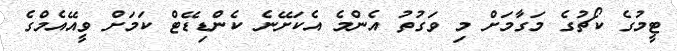
ޓީމުގެ ކޯޗުގެ މަގާމަށް މި ވަގުތު އެންމެ އެކަށޭނެ ކެންޑިޑޭޓް ކަމަށް ވީއޭއެމްގެ